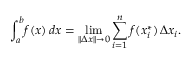
\int _ { a } ^ { b } \! f ( x ) \, d x = \operatorname* { l i m } _ { \| \Delta x \| \rightarrow 0 } \sum _ { i = 1 } ^ { n } f ( x _ { i } ^ { * } ) \, \Delta x _ { i } .